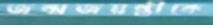
জন্মজয়ন্তীকে